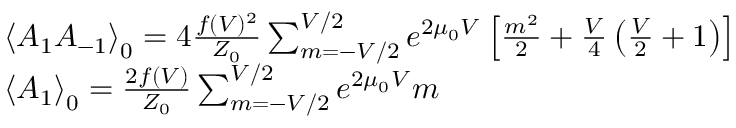
\begin{array} { r l } & { { \langle A _ { 1 } A _ { - 1 } \rangle } _ { 0 } = 4 \frac { f ( V ) ^ { 2 } } { Z _ { 0 } } \sum _ { m = - V / 2 } ^ { V / 2 } e ^ { 2 \mu _ { 0 } V } \left[ \frac { m ^ { 2 } } { 2 } + \frac { V } { 4 } \left( \frac { V } { 2 } + 1 \right) \right] } \\ & { { \langle A _ { 1 } \rangle } _ { 0 } = \frac { 2 f ( V ) } { Z _ { 0 } } \sum _ { m = - V / 2 } ^ { V / 2 } e ^ { 2 \mu _ { 0 } V } m } \end{array}